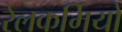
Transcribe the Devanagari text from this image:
रेलकर्मियों